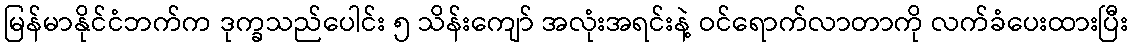
မြန်မာနိုင်ငံဘက်က ဒုက္ခသည်ပေါင်း ၅ သိန်းကျော် အလုံးအရင်းနဲ့ ဝင်ရောက်လာတာကို လက်ခံပေးထားပြီး